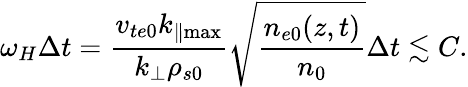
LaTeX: \omega_{H}\Delta t=\frac{v_{te0}k_{\parallel\operatorname*{max}}}{k_{\perp}\rho_{s0}}\sqrt{\frac{n_{e0}(z,t)}{n_{0}}}\Delta t\lesssim C.